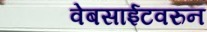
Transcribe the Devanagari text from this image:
वेबसाईटवरुन